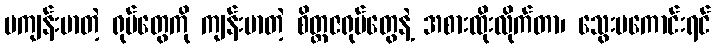
မကျန်းမာတဲ့ ရုပ်တွေကို ကျန်းမာတဲ့ စိတ္တဇရုပ်တွေနဲ့ အစားထိုးလိုက်တာ၊ သွေးမကောင်းရင်